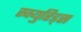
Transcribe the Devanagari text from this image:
स्क्युरिड्स